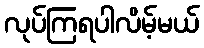
လုပ်ကြရပါလိမ့်မယ်